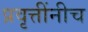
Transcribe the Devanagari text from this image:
प्रवृत्तींनीच